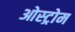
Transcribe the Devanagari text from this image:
ओस्ट्रोम